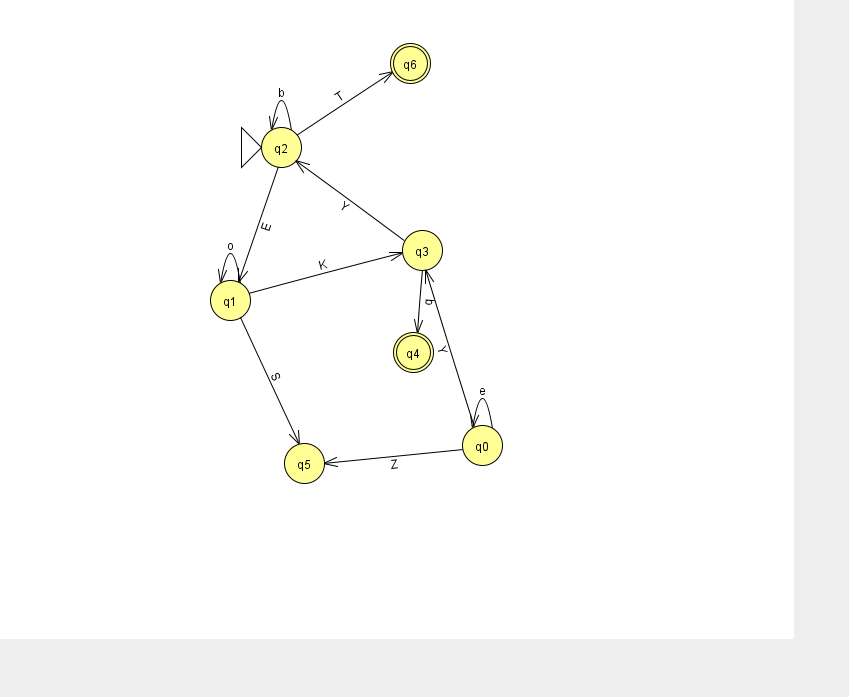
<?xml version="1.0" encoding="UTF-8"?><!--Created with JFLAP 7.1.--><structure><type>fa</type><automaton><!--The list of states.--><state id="0" name="q0"><x>482.0</x><y>432.0</y></state><state id="1" name="q1"><x>230.0</x><y>287.0</y></state><state id="2" name="q2"><x>281.0</x><y>134.0</y><initial/></state><state id="3" name="q3"><x>422.0</x><y>237.0</y></state><state id="4" name="q4"><x>413.0</x><y>339.0</y><final/></state><state id="5" name="q5"><x>304.0</x><y>450.0</y></state><state id="6" name="q6"><x>410.0</x><y>50.0</y><final/></state><!--The list of transitions.--><transition><from>2</from><to>1</to><read>E</read></transition><transition><from>3</from><to>4</to><read>q</read></transition><transition><from>2</from><to>2</to><read>b</read></transition><transition><from>0</from><to>0</to><read>e</read></transition><transition><from>0</from><to>5</to><read>Z</read></transition><transition><from>0</from><to>3</to><read>Y</read></transition><transition><from>1</from><to>5</to><read>S</read></transition><transition><from>3</from><to>2</to><read>Y</read></transition><transition><from>1</from><to>3</to><read>K</read></transition><transition><from>2</from><to>6</to><read>T</read></transition><transition><from>1</from><to>1</to><read>o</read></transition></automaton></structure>